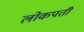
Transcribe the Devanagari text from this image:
लोकपती